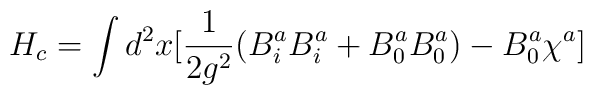
H_{c} = \int d^{2}x[\frac{1}{2g^{2}}(B^{a}_{i} B^{a}_{i} + B^{a}_{0}B^{a}_{0}) - B^{a}_{0}\chi^{a}]